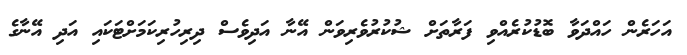
އަހަރެން ހައްދަވާ ބޮޑުކުރެއްވި ފަރާތަށް ޝުކުރުވެރިވަން އޭނާ އަދިވެސް ދިރިހުރިކަމަށްޓަކައި އަދި އޭނާގެ